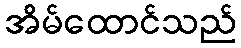
အိမ်ထောင်သည်